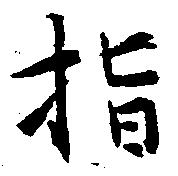
指